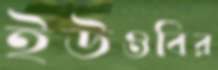
ইউওবির